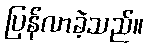
ပြန်လာခဲ့သည်။